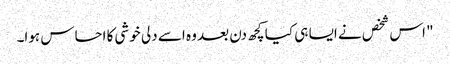
" اس شخص نے ایسا ہی کیا کچھ دن بعد وہ اسے دلی خوشی کا احساس ہوا۔